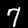
Label: 7